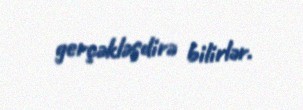
gerçəkləşdirə bilirlər.